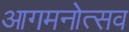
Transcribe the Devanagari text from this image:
आगमनोत्सव